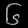
Digit: ၆